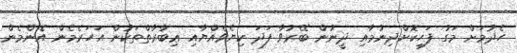
ހެދުމަށް މަގު ފަހިކޮށްދިނުމާއި ދީނުން ބޭރުވާ ފަދަ ކިޔެވެއްޔާއި ޢިބާރާތްތަކުން އަހަރެމެން އެންމެން